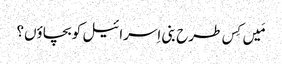
مَیں کِس طرح بنی اِسرائیل کو بچاؤں؟